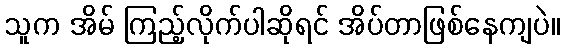
သူက အိမ် ကြည့်လိုက်ပါဆိုရင် အိပ်တာဖြစ်နေကျပဲ။